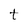
Character: t